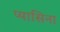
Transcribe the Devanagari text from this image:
प्यासिना